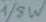
Text: 1/8W